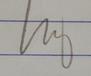
Signature authenticity: genuine